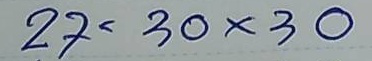
27 = 30x30